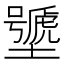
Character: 𰊽